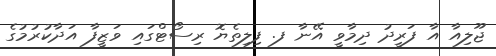
ޖޫލިއާ އާ ފަރީދު ދިމާވީ އޭނާ ފ. ފިލިތެޔޮ ރިސޯޓްގައި ވަޒީފާ އަދާކުރުމުގެ